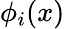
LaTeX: \phi_{i}(x)